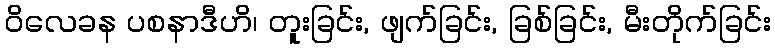
ဝိလေခန ပစနာဒီဟိ၊ တူးခြင်း, ဖျက်ခြင်း, ခြစ်ခြင်း, မီးတိုက်ခြင်း